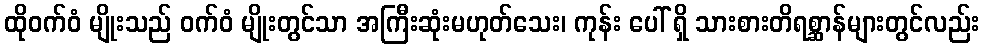
ထိုဝက်ဝံ မျိုးသည် ဝက်ဝံ မျိုးတွင်သာ အကြီးဆုံးမဟုတ်သေး၊ ကုန်း ပေါ် ရှိ သားစားတိရစ္ဆာန်များတွင်လည်း